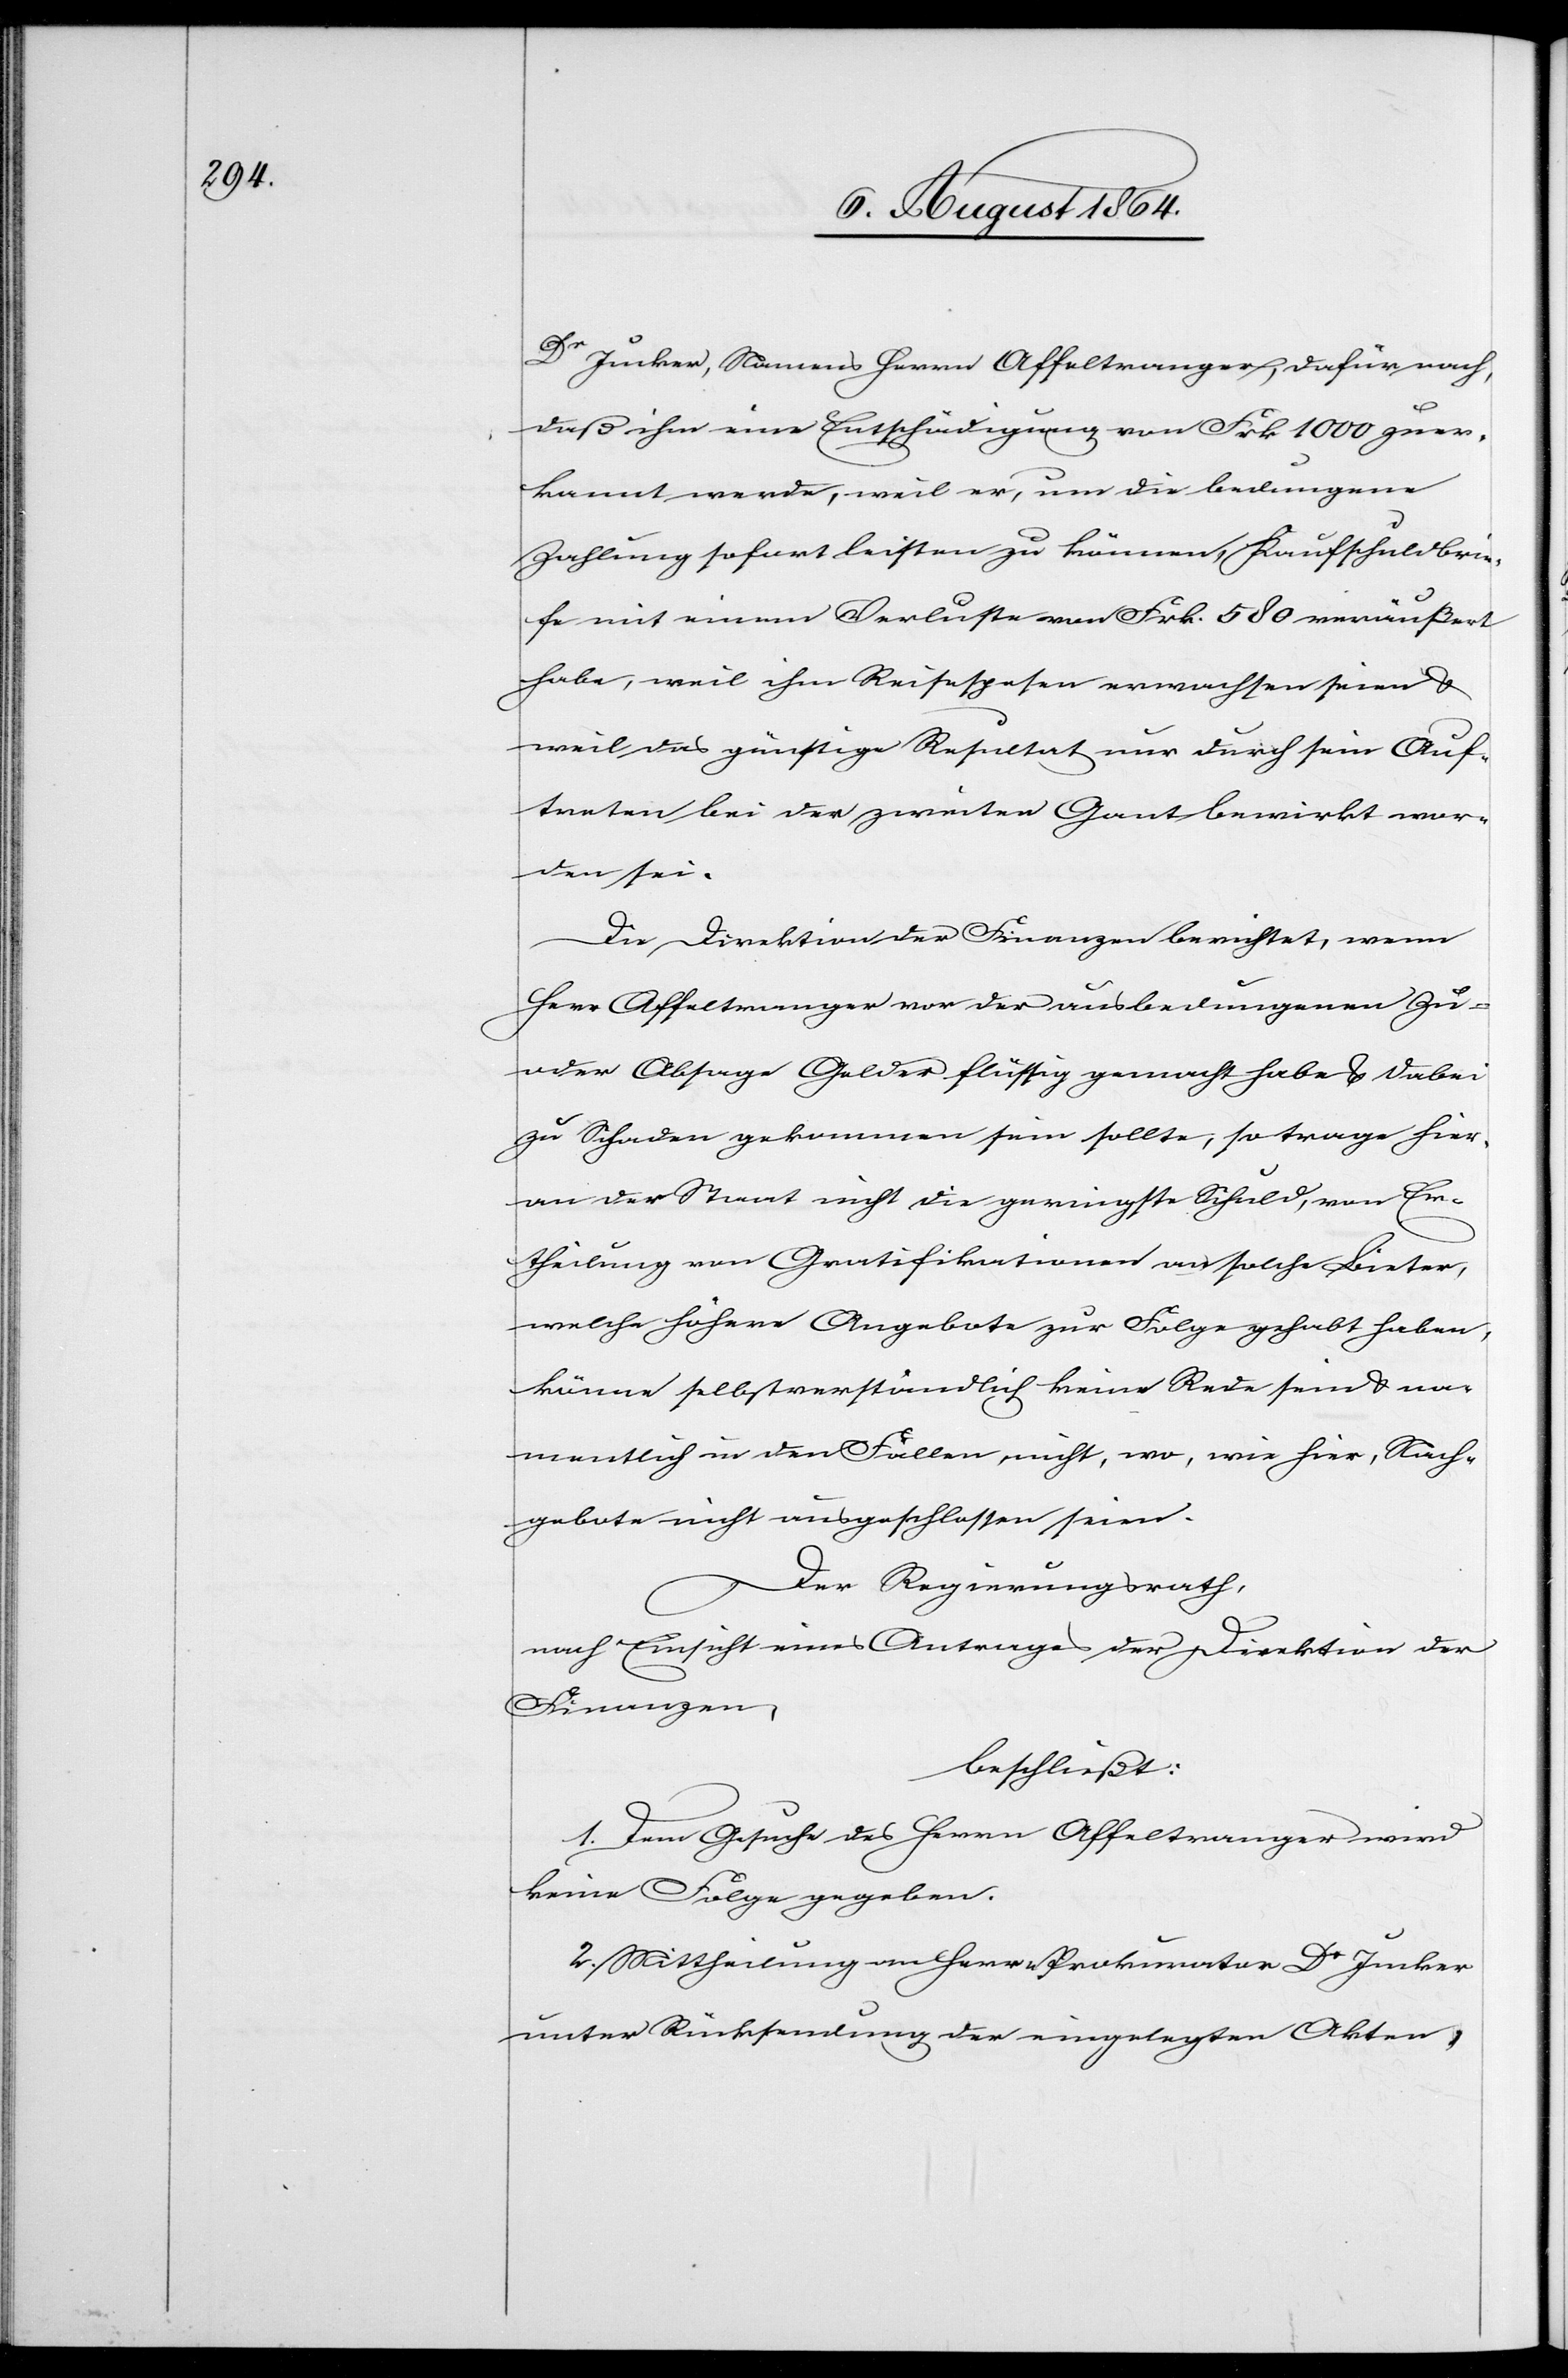
Dr Jucker, Namens Herrn Affeltranger, dafür nach,
daß ihm eine Entschädigung von Frk. 1000 zuer¬
kannt werde, weil er, um die bedungene
Zahlung sofort leisten zu können, Kaufschuldbrie¬
fe mit einem Verluste von Frk. 580 veräußert
habe, weil ihm Reisespesen erwachen seien &
weil das günstige Resultat nur durch sein Auf¬
treten bei der zweiten Gant bewirkt wor¬
den sei.
Die Direktion der Finanzen berichtet, wenn
Herr Affeltranger vor der ausbedungenen Zu-
oder Absage Gelder flüssig gemacht habe & dabei
zu Schaden gekommen sein sollte, so trage hier¬
an der Staat nicht die geringste Schuld, von Er¬
theilung von Gratifikationen an solche Bieter,
welche höhere Angebote zur Folge gehabt haben,
könne selbstverständlich keine Rede sein & na¬
mentlich in den Fällen nicht, wo, wie hier, Nach¬
gebote nicht ausgeschlossen seien.
Der Regierungsrath,
nach Einsicht eines Antrages der Direktion der
Finanzen,
beschließt:
1. Dem Gesuche des Herrn Affeltranger wird
keine Folge gegeben.
2. Mittheilung an Herrn Prokurator Dr Jucker
unter Rückstellung der eingelegten Akten,